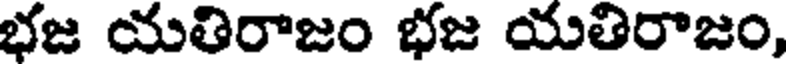
భజ యతిరాజం భజ యతిరాజం,